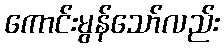
ကောင်းမွန်သော်လည်း